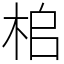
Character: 桘